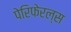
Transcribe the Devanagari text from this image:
पेरिफेरल्स